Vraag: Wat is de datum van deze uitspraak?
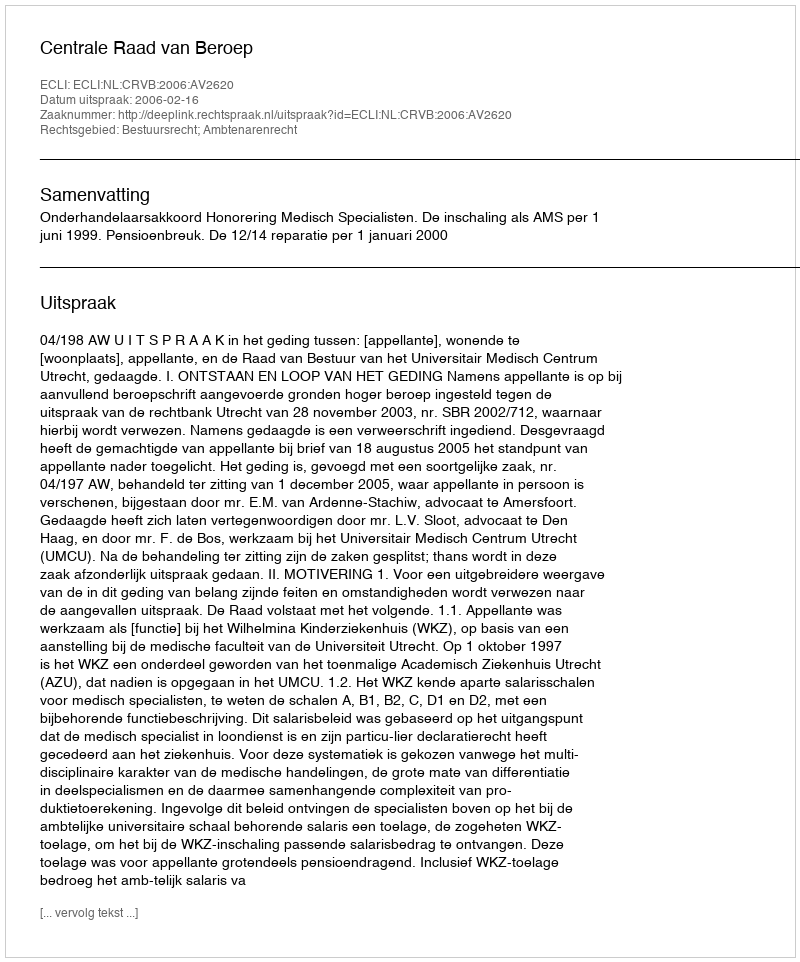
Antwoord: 2006-02-16